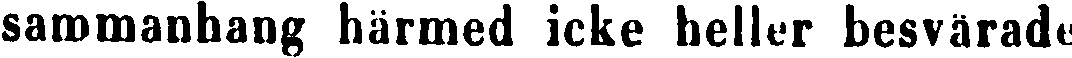
sammanhang härmed icke heller besvärade